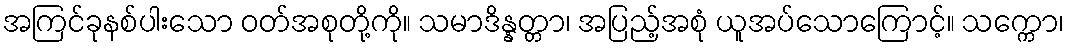
အကြင်ခုနစ်ပါးသော ဝတ်အစုတို့ကို။ သမာဒိန္နတ္တာ၊ အပြည့်အစုံ ယူအပ်သောကြောင့်။ သက္ကော၊